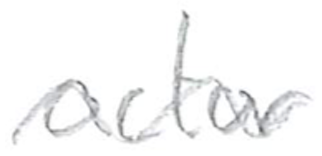
Text: actor
Cross-out: wave
Writing tool: pencil